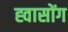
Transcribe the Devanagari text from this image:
ह्वासोंग